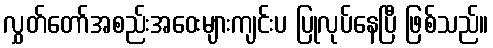
လွှတ်တော်အစည်းအဝေးများကျင်းပ ပြုလုပ်နေပြီ ဖြစ်သည်။